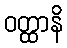
ဝတ္ထာနိ